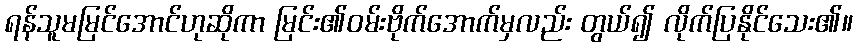
ရန်သူမမြင်အောင်ဟုဆိုကာ မြင်း၏ဝမ်းဗိုက်အောက်မှလည်း တွယ်၍ လိုက်ပြနိုင်သေး၏။